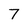
Character: 7